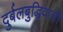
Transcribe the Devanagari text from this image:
दुर्बलबुद्धिवाली